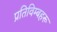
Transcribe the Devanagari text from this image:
प्रतिविम्‍बहरू